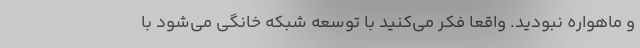
و ماهواره نبودید. واقعا فکر می‌کنید با توسعه شبکه خانگی می‌شود با